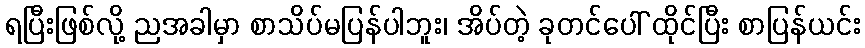
ရပြီးဖြစ်လို့ ညအခါမှာ စာသိပ်မပြန်ပါဘူး၊ အိပ်တဲ့ ခုတင်ပေါ် ထိုင်ပြီး စာပြန်ယင်း